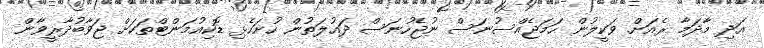
އަދި މާދަމާ ރެއަށް ވަކީލުން ހަމަޖެއްސުނަސް ނުޖެހުނަސް ދައުލަތުން ހުށަހެޅި ޑޮކިއުމަންޓްތަކަށް ޖަވާބުދާރީވާން